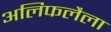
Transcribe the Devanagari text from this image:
अलिफलैला